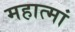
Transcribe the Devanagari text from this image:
महात्मां